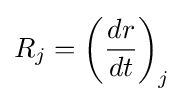
R_{j}=\left({\frac {dr}{dt}}\right)_{j}